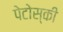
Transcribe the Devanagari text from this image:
पेटोस्की